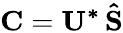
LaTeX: \mathbf{C}=\mathbf{U^{*}}\, \mathbf{\hat{S}}